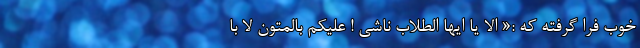
خوب فرا گرفته که :« الا یا ایها الطلاب ناشی ! علیکم بالمتون لا با